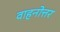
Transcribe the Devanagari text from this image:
वाहनोत्तर